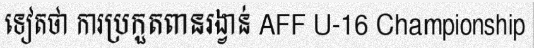
ទៀតថា ការប្រកួតពានរង្វាន់ AFF U-16 Championship